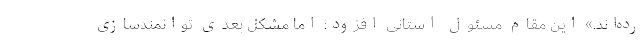
رده‌اند.» این مقام مسئول استانی افزود: اما مشکل بعدی توانمند‌سازی